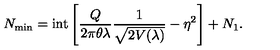
N _ { \mathrm { m i n } } = \mathrm { i n t } \left[ \frac { Q } { 2 \pi \theta \lambda } \frac { 1 } { \sqrt { 2 V ( \lambda ) } } - \eta ^ { 2 } \right] + N _ { 1 } .